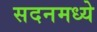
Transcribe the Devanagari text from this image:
सदनमध्ये